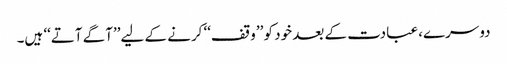
دوسرے، عبادت کے بعد خود کو ’’وقف‘‘ کرنے کے لیے’’آگے آتے‘‘ ہیں۔